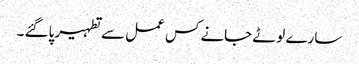
سارے لوٹے جانے کس عمل سے تطہیر پاگئے ۔